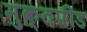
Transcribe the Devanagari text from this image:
मुक्तपीड